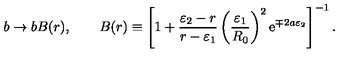
b \rightarrow b B ( r ) , \qquad B ( r ) \equiv \left[ 1 + { \frac { \varepsilon _ { 2 } - r } { r - \varepsilon _ { 1 } } } \left( { \frac { \varepsilon _ { 1 } } { R _ { 0 } } } \right) ^ { 2 } \mathrm { e } ^ { \mp 2 a \varepsilon _ { 2 } } \right] ^ { - 1 } .